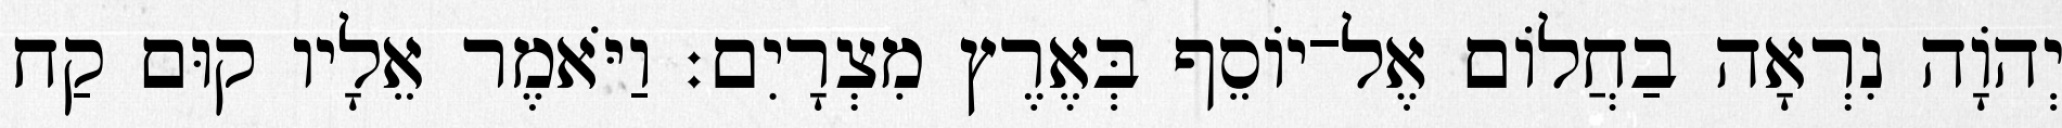
יְהוָֹה נִרְאָה בַחֲלוֹם אֶל־יוֹסֵף בְּאֶרֶץ מִצְרָיִם׃ וַיֹּאמֶר אֵלָיו קוּם קַח